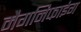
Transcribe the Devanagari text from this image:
मैगनिफाइंग